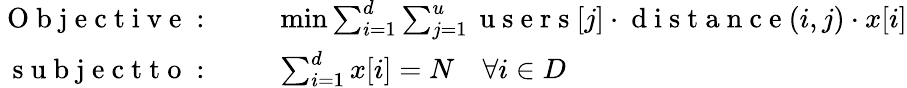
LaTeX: \begin{array}{rl}{\mathrm{~O~b~j~e~c~t~i~v~e~:~}\quad}&{{}\operatorname*{min}\sum_{i=1}^{d}\sum_{j=1}^{u}\mathrm{~u~s~e~r~s~}[j]\cdot\mathrm{~d~i~s~t~a~n~c~e~}(i,j)\cdot x[i]}\\ {\mathrm{~s~u~b~j~e~c~t~t~o~:~}\quad}&{{}\sum_{i=1}^{d}x[i]=N\quad\forall i\in D}\end{array}